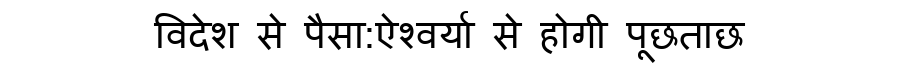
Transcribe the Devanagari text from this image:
विदेश से पैसा:ऐश्वर्या से होगी पूछताछ